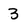
Character: 3